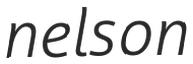
nelson